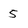
Character: 5